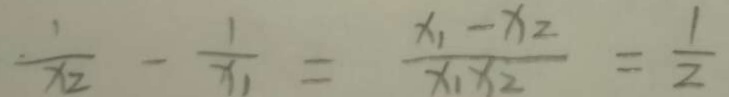
\frac { 1 } { x _ { 2 } } - \frac { 1 } { x _ { 1 } } = \frac { x _ { 1 } - x _ { 2 } } { x _ { 1 } x _ { 2 } } = \frac { 1 } { 2 }